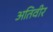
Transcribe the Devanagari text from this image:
अतिवीर